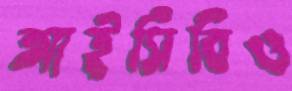
আইসিবিও